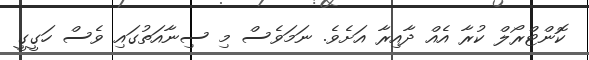
ކޮންޓްރޯލް ކުރާ އެއް ދާއިރާ އަށެވެ. ނަމަވެސް މި ސިނާއަތުގައި ވެސް ހަގީގީ